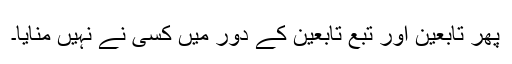
پھر تابعین اور تبع تابعین کے دور میں کسی نے نہیں منایا۔